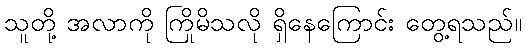
သူတို့ အလာကို ကြိုမိသလို ရှိနေကြောင်း တွေ့ရသည်။